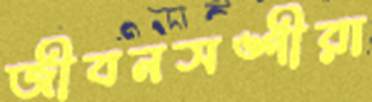
জীবনসঙ্গীরা